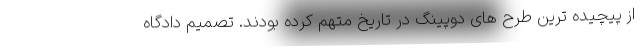
از پیچیده ترین طرح های دوپینگ در تاریخ متهم کرده بودند. تصمیم دادگاه